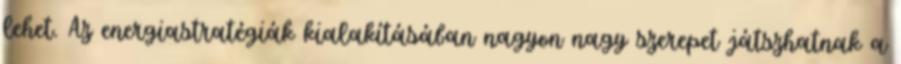
lehet. Az energiastratégiák kialakításában nagyon nagy szerepet játszhatnak a